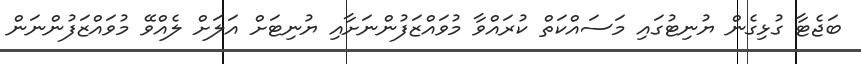
ބަޖެޓާ ގުޅިގެން ޔުނިޓުގައި މަސައްކަތް ކުރައްވާ މުވައްޒަފުންނަށާއި ޔުނިޓަށް އަލަށް ލެއްވޭ މުވައްޒަފުންނަން